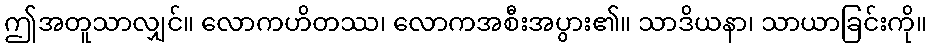
ဤအတူသာလျှင်။ လောကဟိတဿ၊ လောကအစီးအပွား၏။ သာဒိယနာ၊ သာယာခြင်းကို။